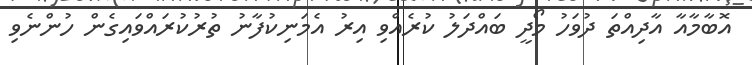
އޮބާމާއާ އާދިއްތަ ދުވަހު މޯދީ ބައްދަލު ކުރެއްވި އިރު އެމަނިކުފާނު ތުރުކުރައްވައިގެން ހުންނެވި